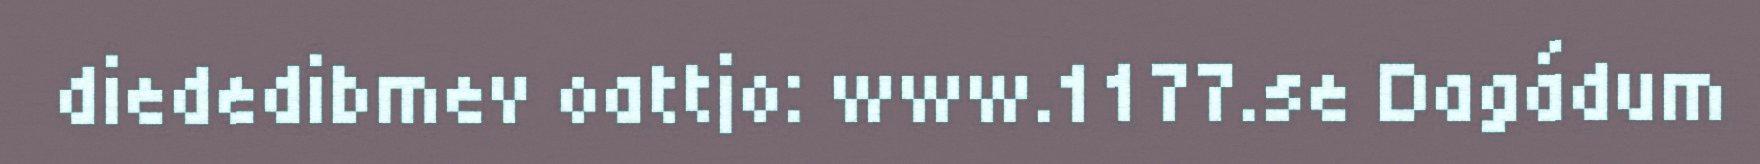
diededibmev oattjo: www.1177.se Dagádum